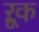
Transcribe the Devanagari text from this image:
ऱूक